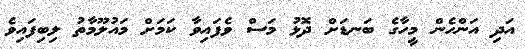
އަދި އަންހެން މީހާގެ ބަނޑަށް ދޮޅު މަސް ވެފައިވާ ކަމަށް މައުލޫމާތު ލިބިފައިވެ